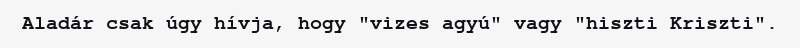
Aladár csak úgy hívja, hogy "vizes agyú" vagy "hiszti Kriszti".